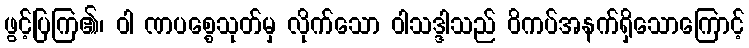
ဖွင့်ပြကြ၏၊ ဝါ ဏပစ္စေသုတ်မှ လိုက်သော ဝါသဒ္ဒါသည် ဝိကပ်အနက်ရှိသောကြောင့်